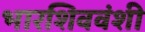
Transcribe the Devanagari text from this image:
भारशिववंशी